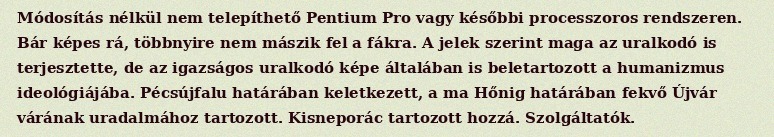
Módosítás nélkül nem telepíthető Pentium Pro vagy későbbi processzoros rendszeren. Bár képes rá, többnyire nem mászik fel a fákra. A jelek szerint maga az uralkodó is terjesztette, de az igazságos uralkodó képe általában is beletartozott a humanizmus ideológiájába. Pécsújfalu határában keletkezett, a ma Hőnig határában fekvő Újvár várának uradalmához tartozott. Kisneporác tartozott hozzá. Szolgáltatók.